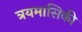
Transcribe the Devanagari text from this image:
त्रयमासिकी